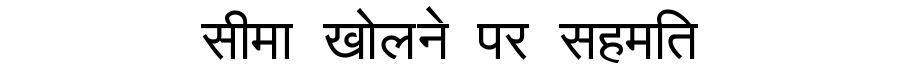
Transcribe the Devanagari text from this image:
सीमा खोलने पर सहमति